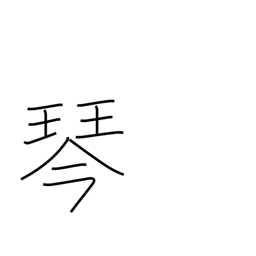
Meaning: koto